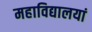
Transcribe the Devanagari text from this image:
महाविद्यालयां